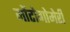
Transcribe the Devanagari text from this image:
मोंटोगोमेरी